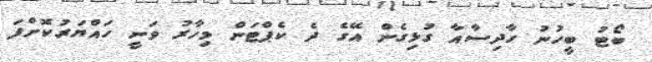
ބޯޓު ބީހުނު ހާދިސާއާ ގުޅިގެން އޭގެ ދެ ކެޕްޓަން މިހާރު ވަނީ ހައްޔަރުކޮށްފަ